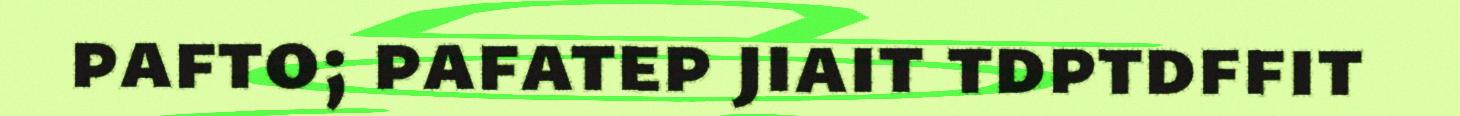
pafto; pafatep jiait tdptdffit